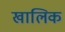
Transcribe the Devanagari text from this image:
खालिक